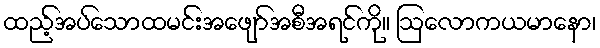
ထည့်အပ်သောထမင်းအဖျော်အစီအရင်ကို။ ဩလောကယမာနော၊